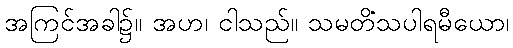
အကြင်အခါ၌။ အဟ၊ ငါသည်။ သမတိံသပါရမီယော၊